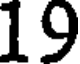
19